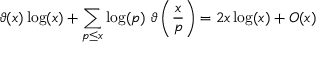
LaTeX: \vartheta ( x ) \log ( x ) + \sum _ { p \leq x } { \log ( p ) } \ \vartheta \left( { \frac { x } { p } } \right) = 2 x \log ( x ) + O ( x )